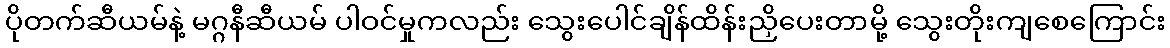
ပိုတက်ဆီယမ်နဲ့ မဂ္ဂနီဆီယမ် ပါဝင်မှုကလည်း သွေးပေါင်ချိန်ထိန်းညှိပေးတာမို့ သွေးတိုးကျစေကြောင်း